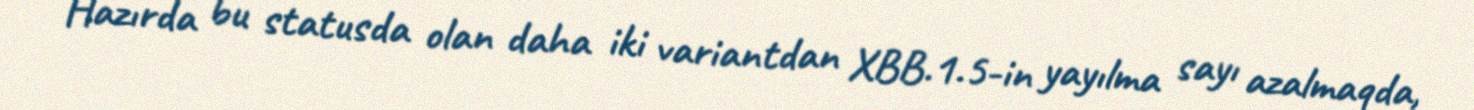
Hazırda bu statusda olan daha iki variantdan XBB.1.5-in yayılma sayı azalmaqda,